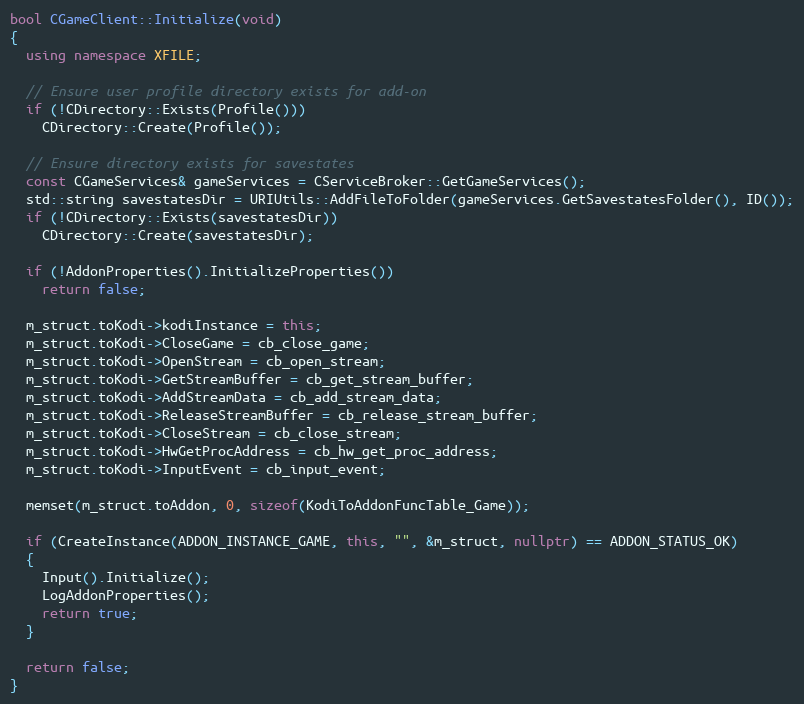
Language: C++
bool CGameClient::Initialize(void)
{
  using namespace XFILE;

  // Ensure user profile directory exists for add-on
  if (!CDirectory::Exists(Profile()))
    CDirectory::Create(Profile());

  // Ensure directory exists for savestates
  const CGameServices& gameServices = CServiceBroker::GetGameServices();
  std::string savestatesDir = URIUtils::AddFileToFolder(gameServices.GetSavestatesFolder(), ID());
  if (!CDirectory::Exists(savestatesDir))
    CDirectory::Create(savestatesDir);

  if (!AddonProperties().InitializeProperties())
    return false;

  m_struct.toKodi->kodiInstance = this;
  m_struct.toKodi->CloseGame = cb_close_game;
  m_struct.toKodi->OpenStream = cb_open_stream;
  m_struct.toKodi->GetStreamBuffer = cb_get_stream_buffer;
  m_struct.toKodi->AddStreamData = cb_add_stream_data;
  m_struct.toKodi->ReleaseStreamBuffer = cb_release_stream_buffer;
  m_struct.toKodi->CloseStream = cb_close_stream;
  m_struct.toKodi->HwGetProcAddress = cb_hw_get_proc_address;
  m_struct.toKodi->InputEvent = cb_input_event;

  memset(m_struct.toAddon, 0, sizeof(KodiToAddonFuncTable_Game));

  if (CreateInstance(ADDON_INSTANCE_GAME, this, "", &m_struct, nullptr) == ADDON_STATUS_OK)
  {
    Input().Initialize();
    LogAddonProperties();
    return true;
  }

  return false;
}